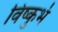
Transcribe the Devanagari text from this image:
विष्कुभं